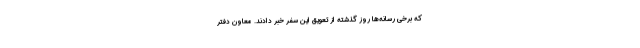
که برخی رسانه‌ها روز گذشته از تعویق این سفر خبر دادند. معاون دفتر